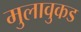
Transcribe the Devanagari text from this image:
मुलावुकड